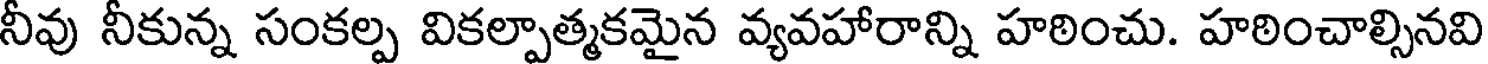
నీవు నీకున్న సంకల్ప వికల్పాత్మకమైన వ్యవహారాన్ని హఠించు. హఠించాల్సినవి